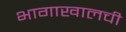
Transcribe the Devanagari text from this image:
भागाखालची